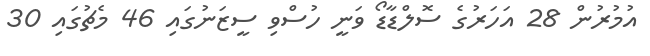
އުމުރުން 28 އަހަރުގެ ސޮލްޑާޑޯ ވަނީ ހުސްވި ސީޒަނުގައި 46 މެޗުގައި 30